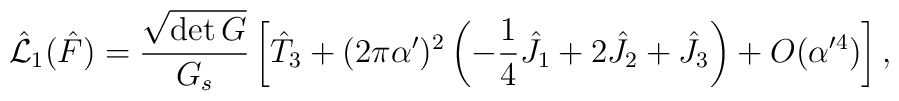
\hat{{\cal L}}_1 (\hat{F}) =\frac{\sqrt{\det G}}{G_s} \left[\hat{T}_3 + (2 \pi \alpha')^2\left( -\frac{1}{4} \hat{J}_1 + 2 \hat{J}_2 + \hat{J}_3\right) + O(\alpha'^4)\right],